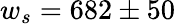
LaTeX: w_{s}=682\pm 50